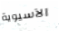
الآسيوية